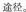
途径。